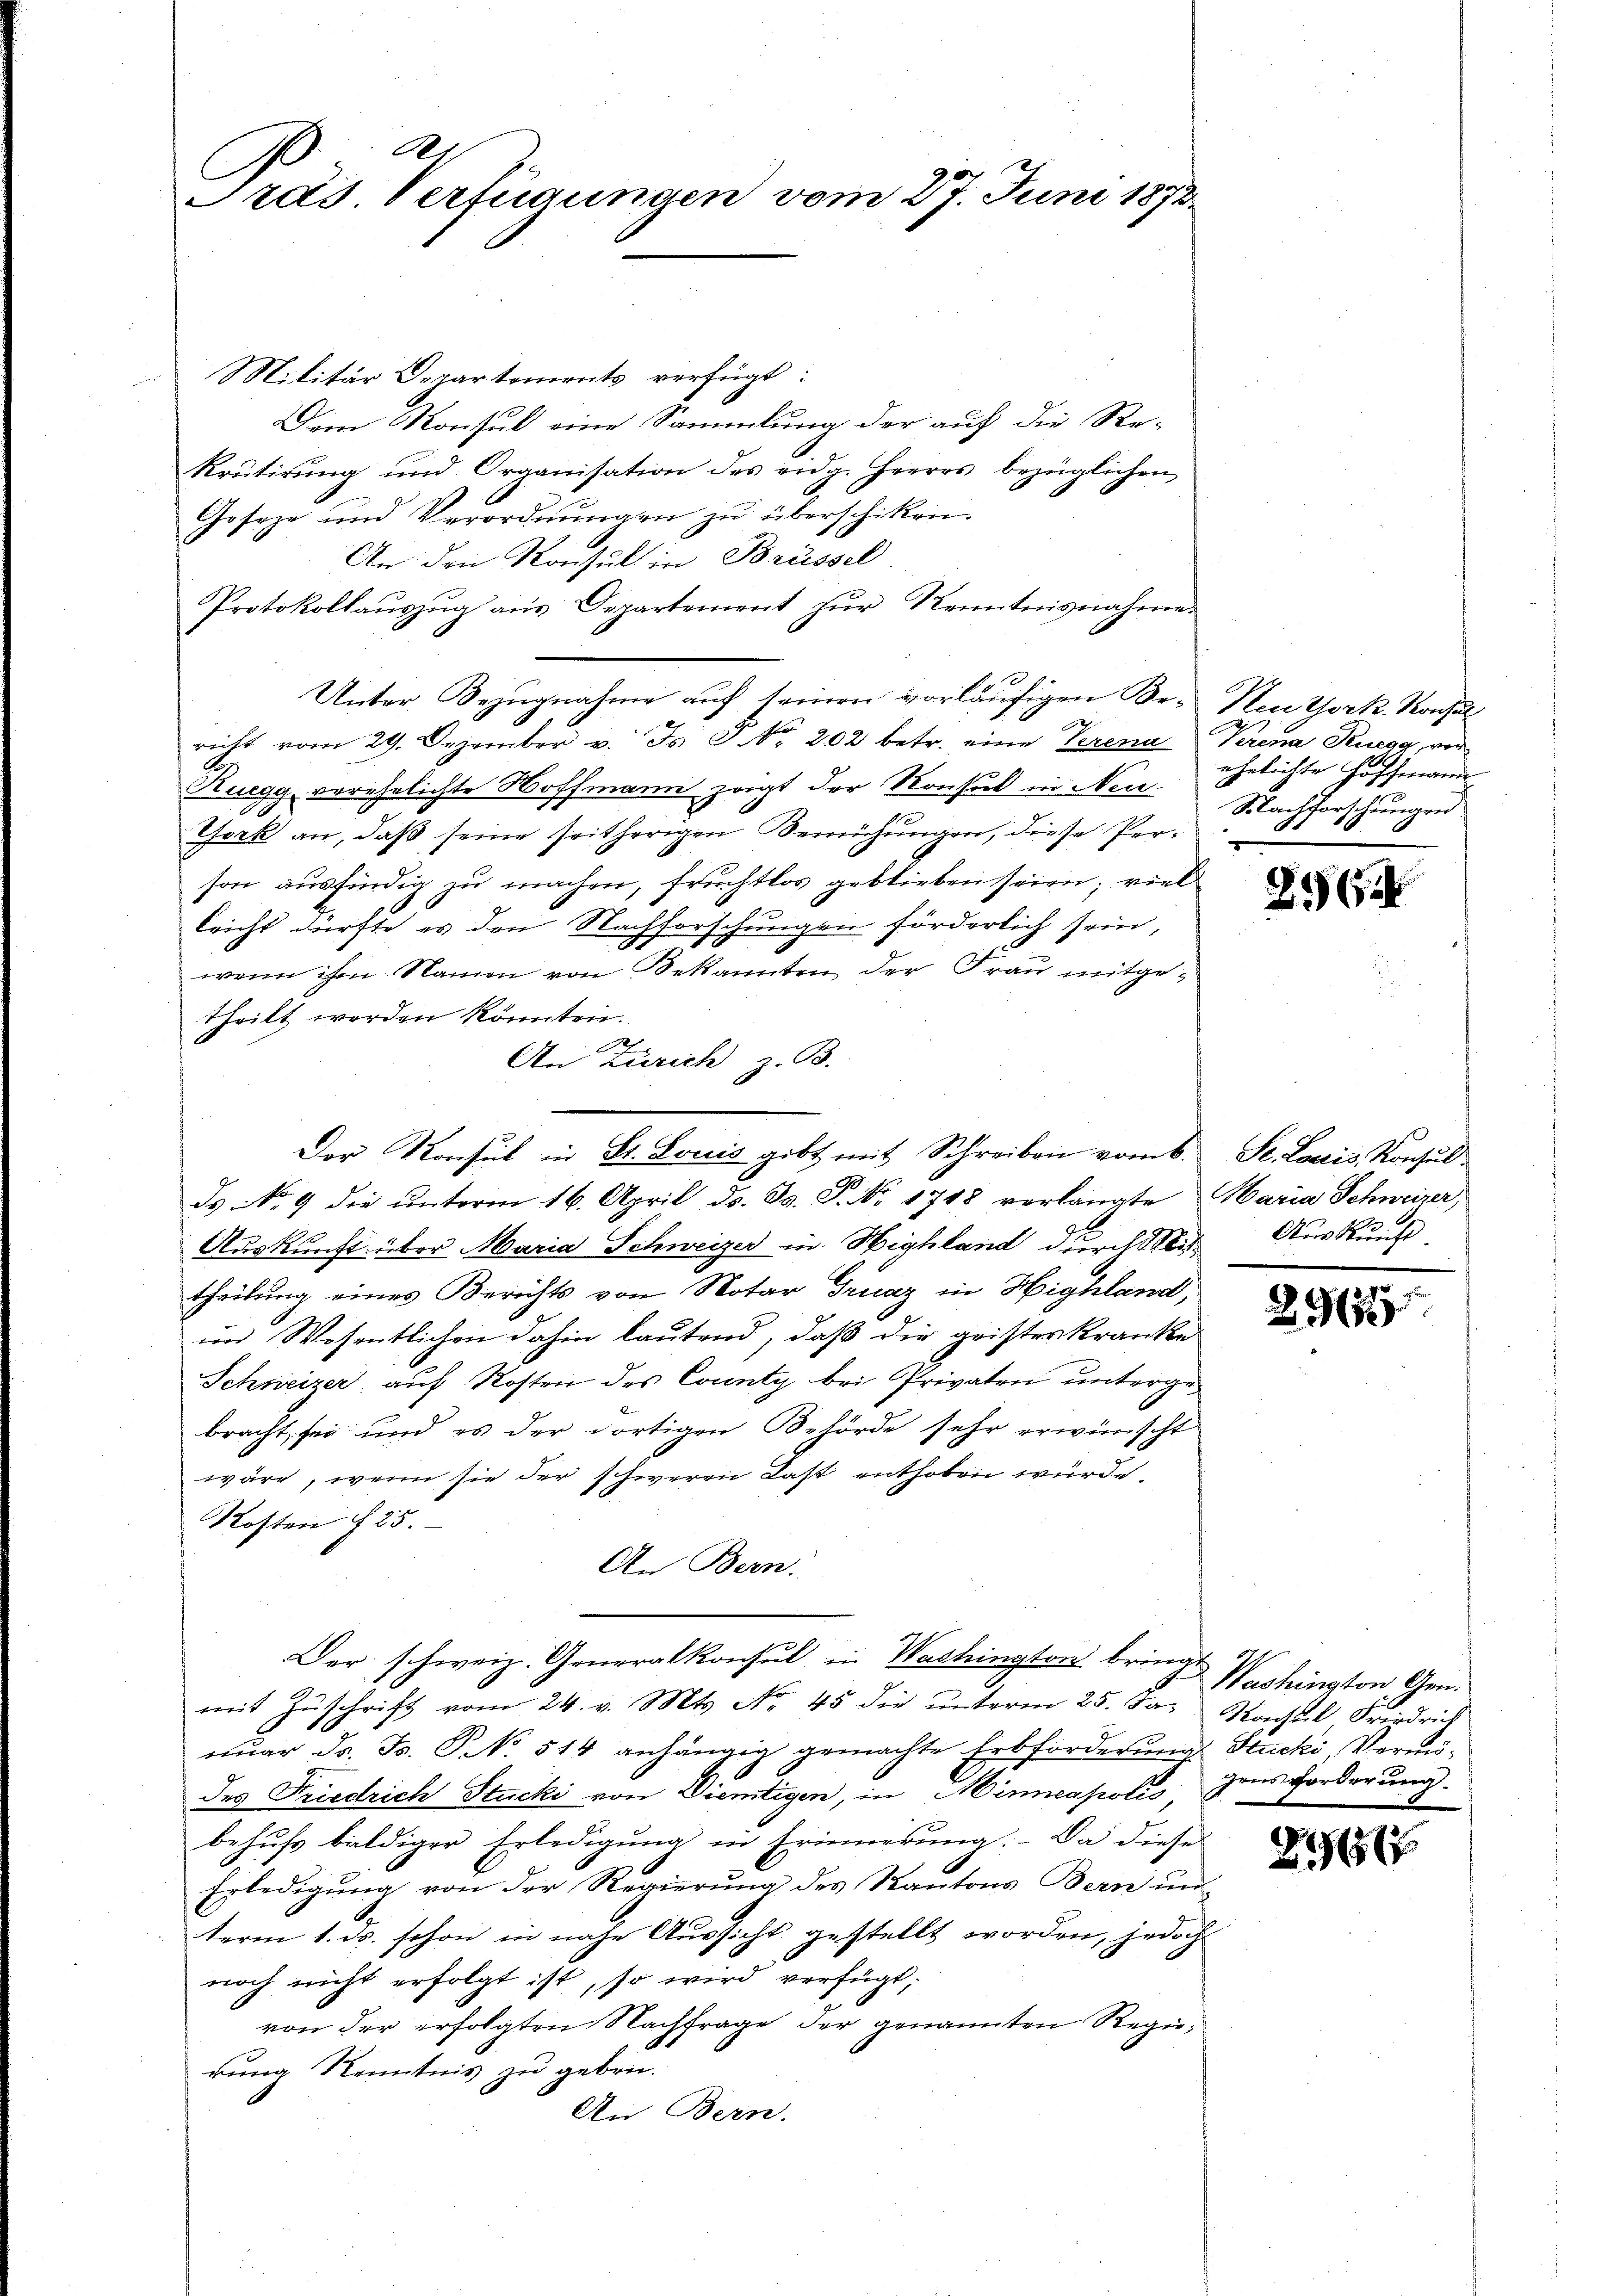
R
Präs. Verfügungen vom 27. Juni 1872

Militär Departements verfügt:
Dem Konsul eine Sammlung der auf die Re-
krutirung und Organisation des eidg. Herrrs bezüglichen
Geseze und Verordnungen zu überschiken.
An den Konsul in Brüssel
Protokollauszug aus Departement zur Kenntnisnahme.
Unter Bezugnahme auf seinen vorläufigen Br. Neuthork, Konsul
2
richt vom 29. Dezember v. Js. J. No. 202 betr. eine Verena Verena Ruegg, ver¬
Ruegg, verehelichte Hoffmann zeigt der Konsul in Neu-
York an, daß seine seitherigen Bemühungen, diese Person ausfündig zu machen, fruchtlos geblieben seien; viel
lricht dürfte es den Nachforschungen förderlich sein,
wenn ihm Namen von Bekannten der Frau mitgetheilt werden könnten.
2
An Zürich z. B.
ds No. 9 die unterm 16. April d. Js. S. Nr. 1748 verlangte Maria Schweizer,
Auskunft über Maria Schweizer in Highland durch bis
theilung eines Berichts von Notar Truaz in Highland,
im Wesentlichen dahin lautend, daß die gristeskranke
Schweizer auf Kosten des County bei Privaten untergebracht, sei und es der dortigen Behörde sehr erwünscht
wäre, wenn sie der schweren Last enthoben wurde,
Kosten § 25.
An Bern.
Der schweiz. Generalkonsul in Washington bringe
mit Zŭschrift vom 24. v. Mts. No. 45 die ŭnterm 25. Ja. Nach Friedrich
uar ds. Fs. G No. 514 anhängig gemachte Erbforderung Stucki, Vermödes Friedrich Stucki von Dientigen, in Minneapolis,
behufs baldiger Erledigung in Erinnerung. - Da diese
Erledigung von der Regierung des Kantons Bern un
term 1. ds. schon in nahe Aussicht gestellt worden, jedoch
noch nicht erfolgt ist, so wird verfügt:
von der erfolgten Nachfrage der genannten Regierung Kenntnis zu geben.
An Bern.

Der Konsul in St. Louis gibt mit Schreiben vom 6.

ehelichte Hoffmann
Nachforschungen

26

Se. Louis, Konsul
Auskunft

291525

Washington Gen.
gens forderung.

896/